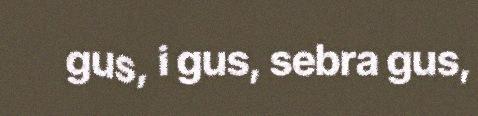
gus, i gus, sebra gus,